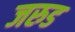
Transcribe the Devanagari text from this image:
जरुड